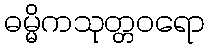
ဓမ္မိကသုတ္တဝရော